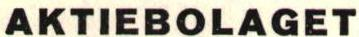
AKTIEBOLAGET